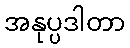
အနုပ္ပဒါတာ